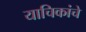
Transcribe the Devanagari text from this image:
याचिकांचे